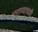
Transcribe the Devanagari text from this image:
घराण्याचाही